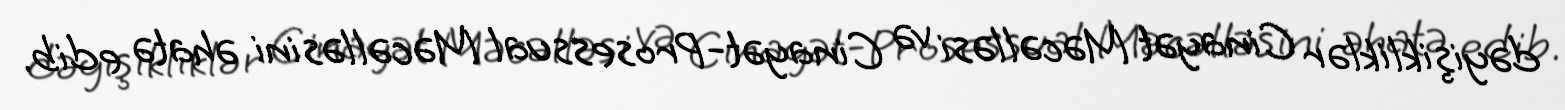
dəyişikliklər Cinayət Məcəlləsi və Cinayət-Prosessual Məcəlləsini əhatə edib.